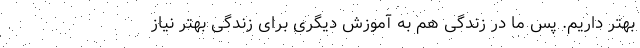
بهتر داریم. پس ما در زندگی هم به آموزش دیگری برای زندگی بهتر نیاز